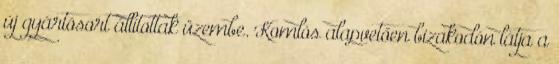
új gyártósort állítottak üzembe. Komlós alapvetően bizakodón látja a